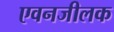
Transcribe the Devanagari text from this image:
एवनजीलक